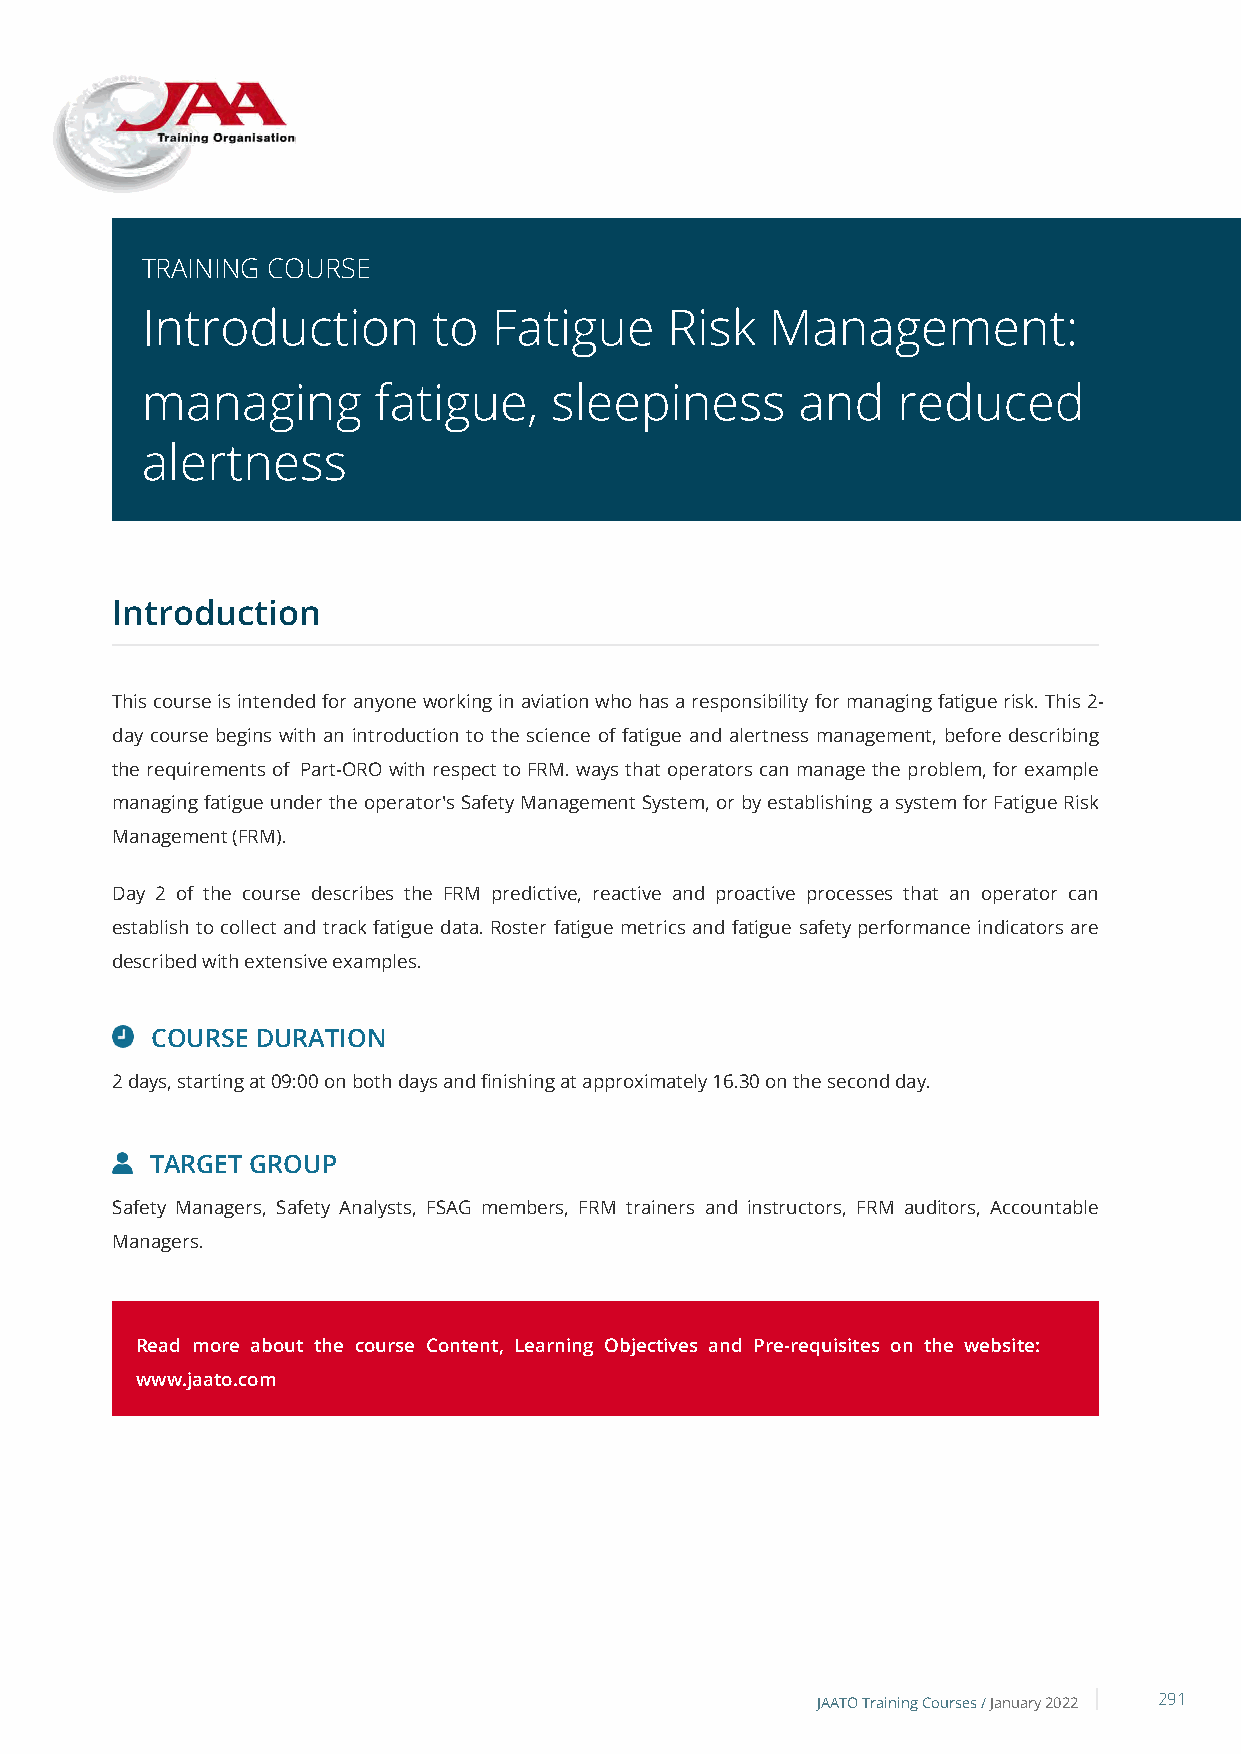
TRAINING COURSE
 Introduction        to  Fatigue    Risk   Management:
 managing        fatigue,   sleepiness       and   reduced
 alertness
 Introduction
 This course is intended for anyone working in aviation who has a responsibility for managing fatigue risk. This 2-
 day course begins with an introduction to the science of fatigue and alertness management, before describing
 the requirements of Part-ORO with respect to FRM. ways that operators can manage the problem, for example
 managing fatigue under the operator's Safety Management System, or by establishing a system for Fatigue Risk
 Management (FRM).
 Day 2 of the course describes the FRM predictive, reactive and proactive processes that an operator can
 establish to collect and track fatigue data. Roster fatigue metrics and fatigue safety performance indicators are
 described with extensive examples.
 COURSE DURATION
 2 days, starting at 09:00 on both days and finishing at approximately 16.30 on the second day.
 TARGET GROUP
 Safety Managers, Safety Analysts, FSAG members, FRM trainers and instructors, FRM auditors, Accountable
 Managers.
 Read more about the course Content, Learning Objectives and Pre-requisites on the website:
 www.jaato.com
 JAATO Training Courses /January 2022 291